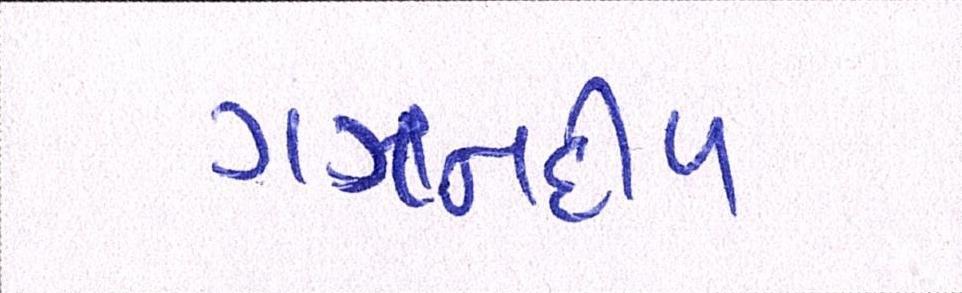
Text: ગગનદીપ